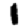
Digit: 1